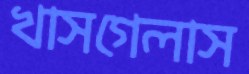
খাসগেলাস